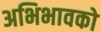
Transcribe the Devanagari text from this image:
अभिभावको